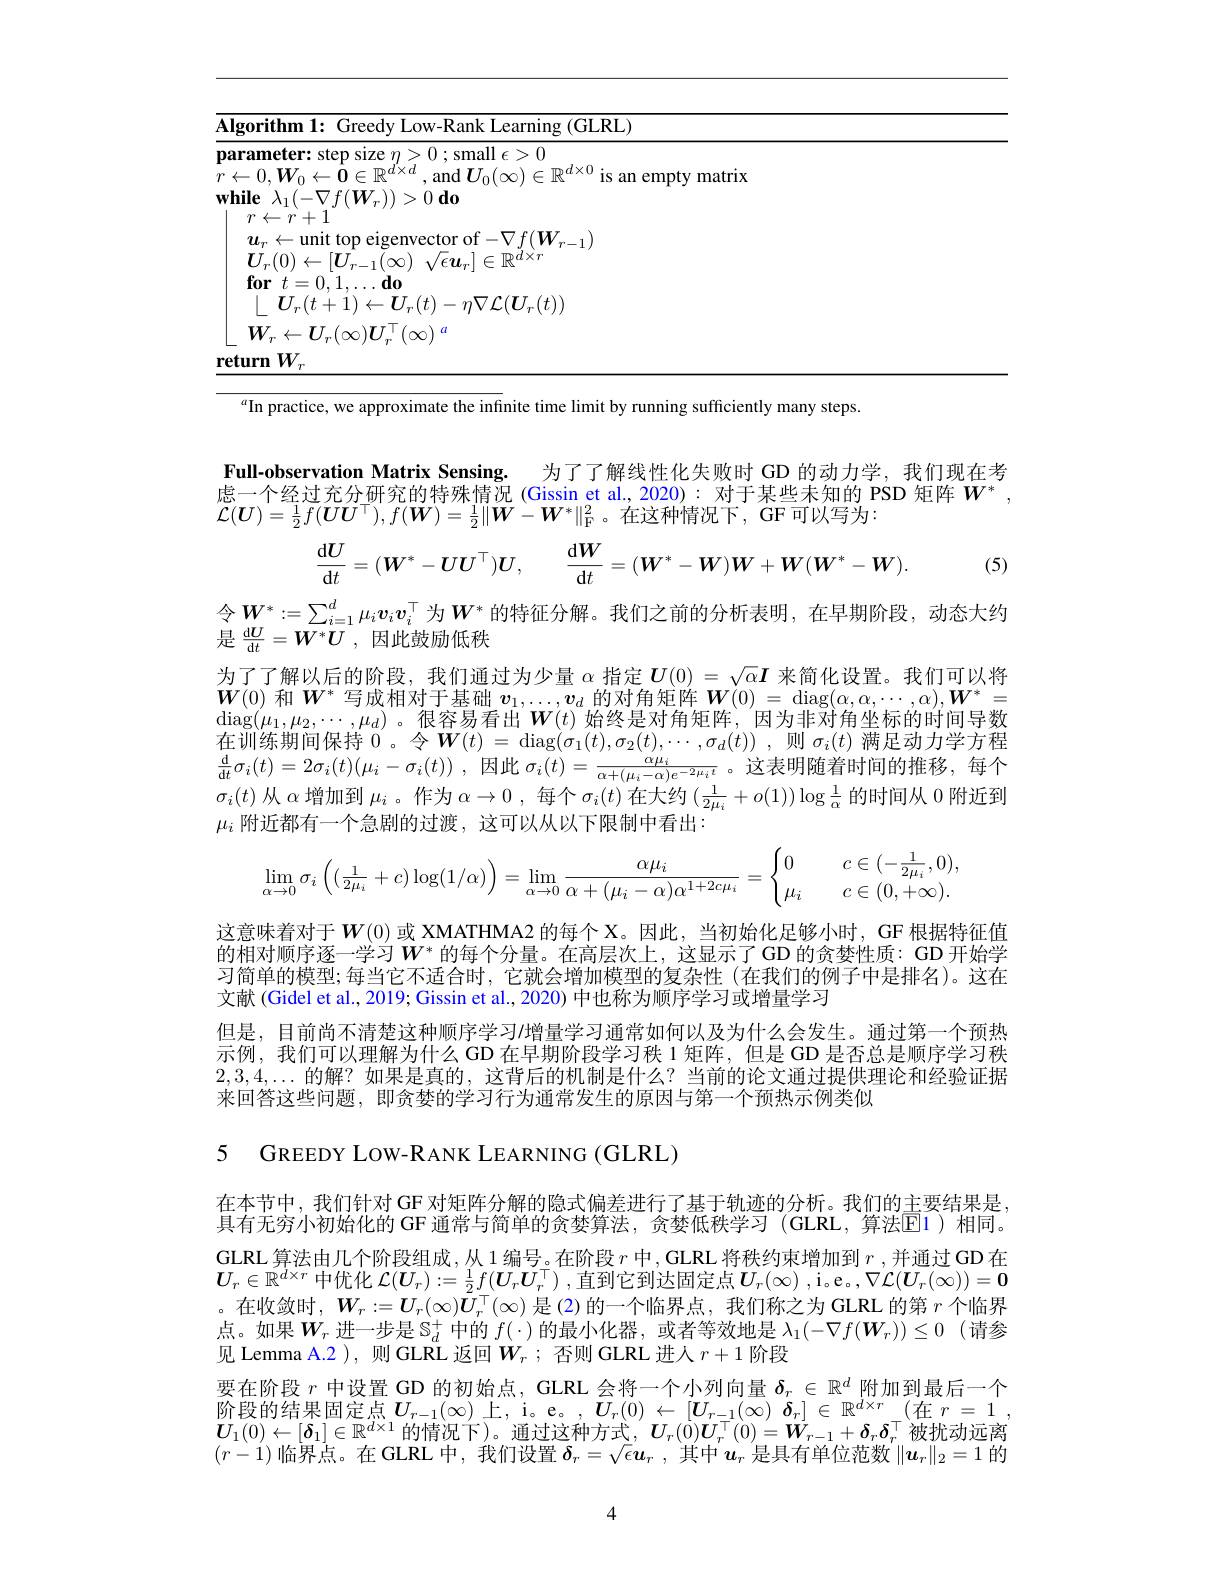
<table>
	<tbody>
		<tr>
			<td>$\overline{\mathbf{Alg}}$ 1</td>
			<td>$\log_{0}rithm13$ Greedv Low-Rank Learning (GLRL)</td>
			<td>w-Rank Learning (GLRL)</td>
		</tr>
	</tbody>
</table>

$^a$In practice, we approximate the infinite time limit by running sufficiently many steps.

Full-observation Matrix Sensing. 为了了解线性化失败时 GD 的动力学，我们现在考

虑一个经过充分研究的特殊情况 (Gissin et al., 2020): 对于某些未知的 PSD 矩阵$W^*$,

$\mathcal{L}(\boldsymbol{U})=\frac12f(\boldsymbol{U}\boldsymbol{U}^\top),f(\boldsymbol{W})=\frac12\|\boldsymbol{W}-\boldsymbol{W}^*\|_{\mathcal{F}}^2$。在这种情况下，GF可以写为：
$$\frac{\mathrm{d}\boldsymbol{U}}{\mathrm{d}t}=(\boldsymbol{W}^*-\boldsymbol{U}\boldsymbol{U}^\top)\boldsymbol{U},\quad\frac{\mathrm{d}\boldsymbol{W}}{\mathrm{d}t}=(\boldsymbol{W}^*-\boldsymbol{W})\boldsymbol{W}+\boldsymbol{W}(\boldsymbol{W}^*-\boldsymbol{W}).$$
(5)

令$\boldsymbol{W}^*:=\sum_{i=1}^d\mu_i\boldsymbol{v}_i\boldsymbol{v}_i^\top$为$\boldsymbol{W}^*$的特征分解。我们之前的分析表明，在早期阶段，动态大约
是$\frac{\mathrm{d}U}{\mathrm{d}t}=\overline{{\boldsymbol{W}^*\boldsymbol{U}}}$,因此鼓励低秩
为了了解以后的阶段，我们通过为少量$\alpha$指定$U(0)=\sqrt{\alpha}\boldsymbol{I}$来简化设置。我们可以将$\boldsymbol{W}(0)$和$\boldsymbol{W}^*$写成相对于基础$\boldsymbol v_1,\ldots,\boldsymbol{v}_d$的对角矩阵$\boldsymbol W(0)=\operatorname{diag}(\alpha,\alpha,\cdots,\alpha),\boldsymbol{W}^*=$ $\operatorname{diag}(\mu_1,\mu_2,\cdots,\mu_d)$。很容易看出$\boldsymbol W(t)$ 始终是对角矩阵，因为非对角坐标的时间导数在训练期间保持 0。令$\boldsymbol W(t)=\operatorname{diag}(\sigma_1(t),\sigma_2(t),\cdots,\sigma_d(t))$,则$\sigma_i(t)$ 满足动力学方程$\frac {\mathrm{d} }{\mathrm{d} t}\sigma _{i}( t) = 2\sigma _{i}( t) ( \mu _{i}- \sigma _{i}( t) )$ ,因此 $\sigma_i(t)=\frac\alpha\mu_{i}{\alpha+(\mu_{i}-\alpha)e^{-2\mu_{i}t}}$。这表明随着时间的推移，每个$\sigma_i(t)$从$\alpha$增加到$\mu_i$ 。作为$\alpha\to0$ ,每个$\sigma_i(t)$在大约$(\frac1{2\mu_i}+o(1))\log\frac1\alpha$的时间从0附近到$\mu_i$附近都有一个急剧的过渡，这可以从以下限制中看出：
$$\lim\limits_{\alpha\to0}\sigma_i\left((\frac{1}{2\mu_i}+c)\log(1/\alpha)\right)=\lim\limits_{\alpha\to0}\frac{\alpha\mu_i}{\alpha+(\mu_i-\alpha)\alpha^{1+2c\mu_i}}=\begin{cases}0&\quad c\in(-\frac{1}{2\mu_i},0),\\\mu_i&\quad c\in(0,+\infty).\end{cases}$$
这意味着对于$W(0)$ 或 XMATHMA2 的每个 X。因此，当初始化足够小时，GF 根据特征值的相对顺序逐一学习$W^*$的每个分量。在高层次上，这显示了GD 的贪婪性质：GD 开始学习简单的模型；每当它不适合时，它就会增加模型的复杂性(在我们的例子中是排名)。这在文献 (Gidel et al., 2019; Gissin et al., 2020) 中也称为顺序学习或增量学习
但是，目前尚不清楚这种顺序学习$\prime$增量学习通常如何以及为什么会发生。通过第一个预热示例，我们可以理解为什么 GD 在早期阶段学习秩 1 矩阵，但是 GD 是否总是顺序学习秩$2,3,4,\ldots$的解？如果是真的，这背后的机制是什么？当前的论文通过提供理论和经验证据来回答这些问题，即贪婪的学习行为通常发生的原因与第一个预热示例类似

5 GREEDY LOW-RANK LEARNING (GLRL)

在本节中，我们针对GF对矩阵分解的隐式偏差进行了基于轨迹的分析。我们的主要结果是， 具有无穷小初始化的 GF 通常与简单的贪婪算法，贪婪低秩学习 (GLRL,算法$\color{red}{\boxed{1}}$)相同。GLRL 算法由几个阶段组成，从 1编号。在阶段 $r$ 中，GLRL 将秩约束增加到 $r$,并通过 GD 在$\boldsymbol{U}_r\in\mathbb{R}^{d\times r}$ 中优化 $\mathcal{L}(\boldsymbol{U}_r):=\frac12f(\boldsymbol{U}_r\boldsymbol{U}_r^\top)$ ,直到它到达固定点$\boldsymbol{U}_r(\infty)$ ,i。e。,$\nabla\mathcal{L}(\boldsymbol{U}_r(\infty))=\mathbf{0}$ 。在收敛时，$W_r:=U_r(\infty)\bar{U}_r^\top(\infty)$是(2)的一个临界点，我们称之为 GLRL 的第$r$个临界点。如果$W_r$ 进一步是$\mathbb{S}_d^+$ 中的 $f(\cdot)$ 的最小化器，或者等效地是 $\lambda _1( - \nabla f( \boldsymbol{W}_r) ) \leq 0$ (请参见 Lemma A.2 ), 则 GLRL 返回$W_r$;否则 GLRL 进入 $r+1$ 阶段
要在阶段$r$中设置 GD 的初始点，GLRL 会将一个小列向量$\delta_r\in\mathbb{R}^d$附加到最后一个阶段的结果固定点$U_r-1(\infty)$上，i。e。$,U_r(0)\leftarrow[\boldsymbol{U}_{r-1}(\infty)\boldsymbol{\delta}_r]\in\mathbb{R}^{d\times r}($在 $r=1$ $\boldsymbol{U}_1(0)\leftarrow[\boldsymbol{\delta}_1]\in\mathbb{R}^{d\times1}$ 的情况下)。通过这种方式，$\boldsymbol{U}_r(\dot{0})\boldsymbol{U}_r^\top(0)=\dot{\boldsymbol{W}}_{r-1}+\boldsymbol{\delta}_r\boldsymbol{\delta}_r^\top$被扰动远离$(r-1)$临界点。在 GLRL 中，我们设置$\delta_r=\sqrt\epsilon\boldsymbol{u}_r$,其中$u_r$是具有单位范数$\|\boldsymbol{u}_r\|_2=1$的

4